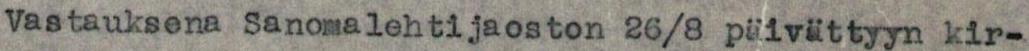
Vastauksena Sanomalehtijaoston 26/8 päivättyyn kir-